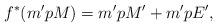
LaTeX: \begin{align*}f^*(m'pM)=m'pM'+m'pE',\end{align*}